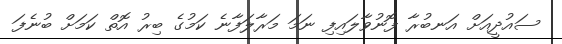
ސައުދީއަށް އަނބުރާ ފޮނުވާލައިފި ނަމަ މަރާލަފާނެ ކަމުގެ ބިރު އޮތް ކަމަށް ބުނެފަ